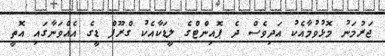
ޖަރުމަނު މޮޅުވުމާއެކު އަދިވެސް ދެ ޕޮއިންޓްގެ ލީޑަކާއެކު ގްރޫޕް ޑީގެ އެއްވަނާގައި އޮތީ